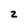
Character: 2